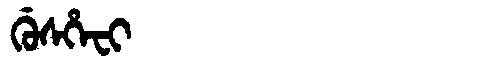
Manchu: ᡤᡠᠰᡥᡝᠸᡳ
Romanization: GUSHEFI